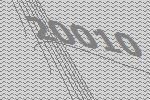
20010